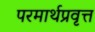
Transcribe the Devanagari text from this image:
परमार्थप्रवृत्त